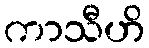
ကာသီဟိ